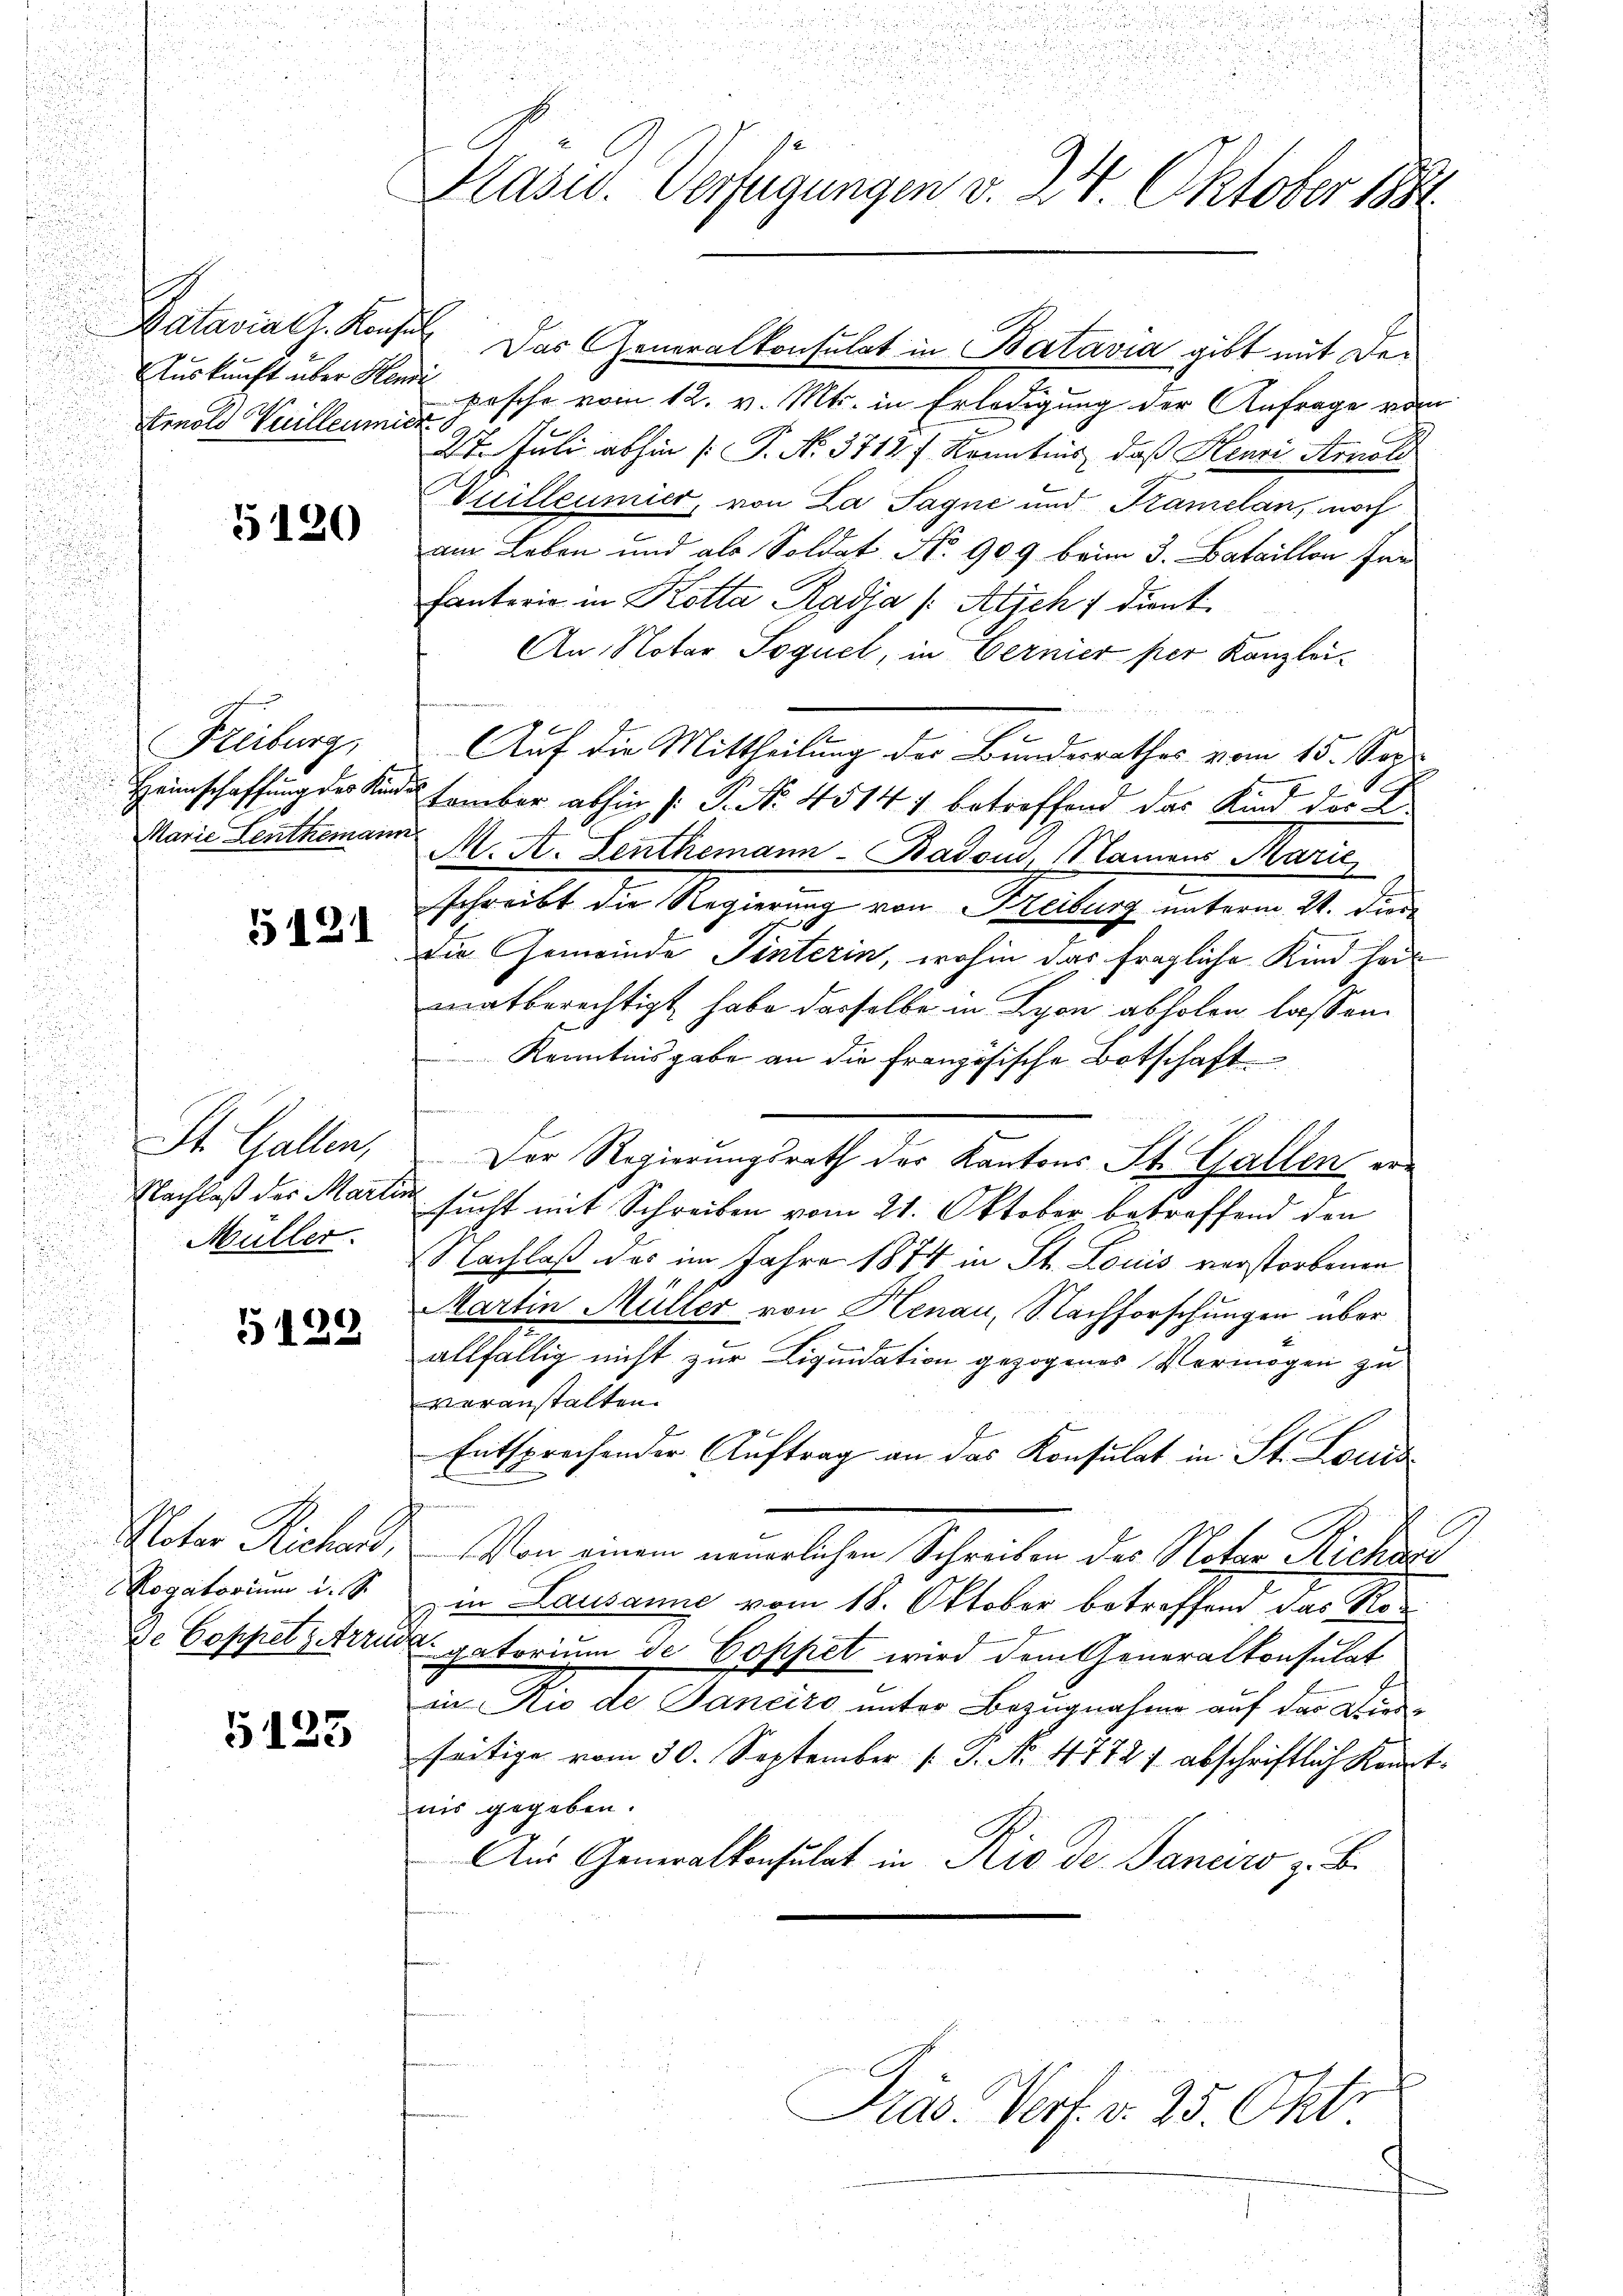
Batavial z. Konsul
Auskunft über Henri
Arnold Vuillen mich

5120

Freiburg,
Marie Leuthemann.

5121

St. Gallen,
Nachlaß der Martis
Müller.

5128

Noter Richen,
Rogatorium d. J.

5123

Kasw. Verfügungen v. 24. Oktober 1884.

pesche vom 12. v. Mts. in Erledigung der Anfrage vom
27. Juli abhin (: P. Nr. 3712 f. Kenntnis, daß Henri Arnol
Bouilleumier, von La Sagne und Kamelan, noch
am Leben und als Soldat No 909 beim 3. Bataillon In¬
Fantorio in Kotta, Radja /: Alich f dient
An Notar Soquet, in Bernier per Kanzlei-
Auf die Mittheilung der Bundesrathes vom 15. Sep
Heimschaffung des Kindes Lember abhin (: P. Nr. 45141 betreffend das Kind der L.
M. A. Fenthemann-Badoui, Namens Marić,
schreibt die Regierung von Kreiburg unterm 21. Dien
Die Gemeinde Tinterin, wohin das fragliche Kind hei
matberechtigt habe dasselbe in Lyon abholen lassen.
Kenntnisgabe an die französische Botschaft
Der Regierungsrath der Kantons St. Gallen er¬
u sucht mit Schreiben vom 21. Oktober betreffend den
2
Nachlaß das im Jahre 1874 in St. Louis verstorbenen
Martin Müller von Henau, Nachforschungen über
allfällig nicht zur Liquidation gezogenes Vermögen zu
veranstalten.
Entsprechender Auftrag an das Konsulat in St. Louis
Von einem neuerlichen Schreiben der Nater Richen
in Lausanne vom 18. Oktober betreffend das Rode CoppelzArrudagatorium de Coppet wird dem Generalkonsulat
in Rio de Janeiro unter Bezugnahme auf das Dies-
seitige vom 30. September 1. J. No. 47727 abschriftlich Kennt-
nis gegeben.
Aus Generalkonsulat in Rio der Sanciro z. B.
Kräs. Verf. v. 25. Okt.

Das Generalkonsulat in Batavia gibt mit De¬